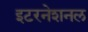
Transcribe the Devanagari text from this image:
इटरनेशनल